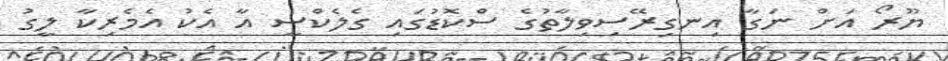
ޔޫރޯ އަށް ނަގާ އިނގިރޭސިވިލާތުގެ ސްކޮޑުގައި ގެލެކްސީ އާ އެކު އެމެރިކާ ލީގު